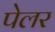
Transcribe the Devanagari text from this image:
पेलर